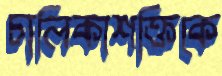
চালিকাশক্তিকে